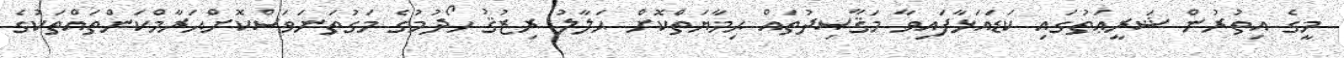
މީގެ އިތުރުން ޝަރީޢަތުގައި ކަޑައަޅާފައިވާ މަޤާޞިދުތައް ޙިމާޔަތްކޮށް ޙަލާލު ރިޒުޤު ހޯދުމުގެ މަގުތަނަވަސްކޮށްޙަރާމްކަންތައްތަކުގެ